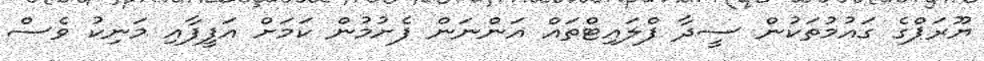
ޔޫރަޕްގެ ގައުމުތަކުން ސީދާ ފްލައިޓްތައް އަންނަން ފެށުމުން ކަމަށް އަފީފާއި މަނިކު ވެސް